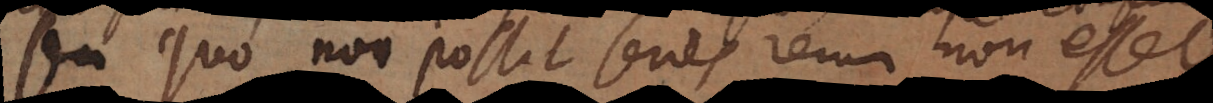
seu quo non [posito] series rerum non esset